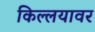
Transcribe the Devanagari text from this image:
किल्लयावर